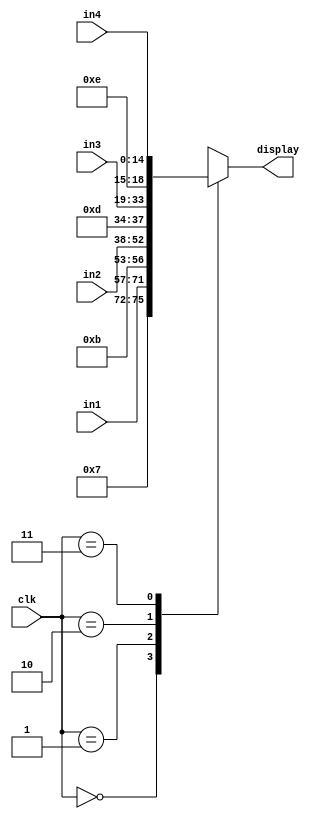
module FTSD_scan(
	in1,
	in2,
	in3,
	in4,
	clk,
	display
);

	//Inputs Defs
	input [14:0]in1,in2,in3,in4;
	input [1:0]clk;
	output reg [18:0]display;
	
	always @*
		begin
		case(clk)
			2'b00: display={4'b0111,in1};
			2'b01: display={4'b1011,in2};
			2'b10: display={4'b1101,in3};
			2'b11: display={4'b1110,in4};
			default: display={19'b1111_1111_1111_1111_111};
		endcase
		end		

endmodule